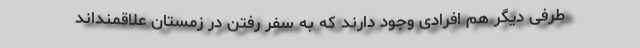
طرفی دیگر هم افرادی وجود دارند که به سفر رفتن در زمستان علاقمنداند